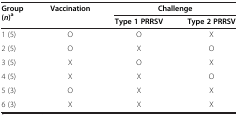
<table><thead><tr><td rowspan="2"><b>Group ( <i>n </i>)<sup>a</sup></b></td><td rowspan="2"><b>Vaccination</b></td><td colspan="2"><b>Challenge</b></td></tr><tr><td><b>Type 1 PRRSV</b></td><td><b>Type 2 PRRSV</b></td></tr></thead><tbody><tr><td>1 (5)</td><td>O</td><td>O</td><td>X</td></tr><tr><td>2 (5)</td><td>O</td><td>X</td><td>O</td></tr><tr><td>3 (5)</td><td>X</td><td>O</td><td>X</td></tr><tr><td>4 (5)</td><td>X</td><td>X</td><td>O</td></tr><tr><td>5 (3)</td><td>O</td><td>X</td><td>X</td></tr><tr><td>6 (3)</td><td>X</td><td>X</td><td>X</td></tr></tbody></table>